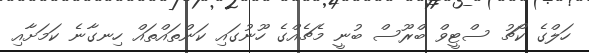
ހަލްގެ ކޯޗު ސްޓީވް ބްރޫސް ބުނީ މެޗެއްގެ ހޫނުގައި ކަންތައްތައް ހިނގާނެ ކަމަށާއި